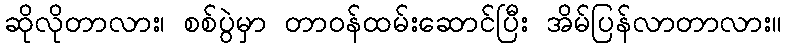
ဆိုလိုတာလား၊ စစ်ပွဲမှာ တာဝန်ထမ်းဆောင်ပြီး အိမ်ပြန်လာတာလား။